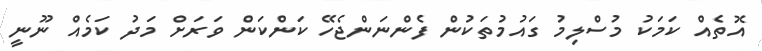
އޮތެއް ކަމަކު މުސްލިމު ގައުމުތަކުން ފެންނަންޖެހޭ ކަންކަން ވަރަށް މަދު ކަމެއް ނޫނީ